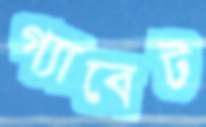
গ্যাবেট